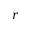
r